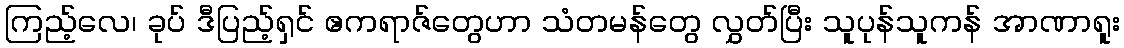
ကြည့်လေ၊ ခုပ် ဒီပြည့်ရှင် ဧကရာဇ်တွေဟာ သံတမန်တွေ လွှတ်ပြီး သူပုန်သူကန် အာဏာရူး